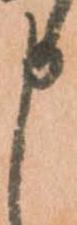
申